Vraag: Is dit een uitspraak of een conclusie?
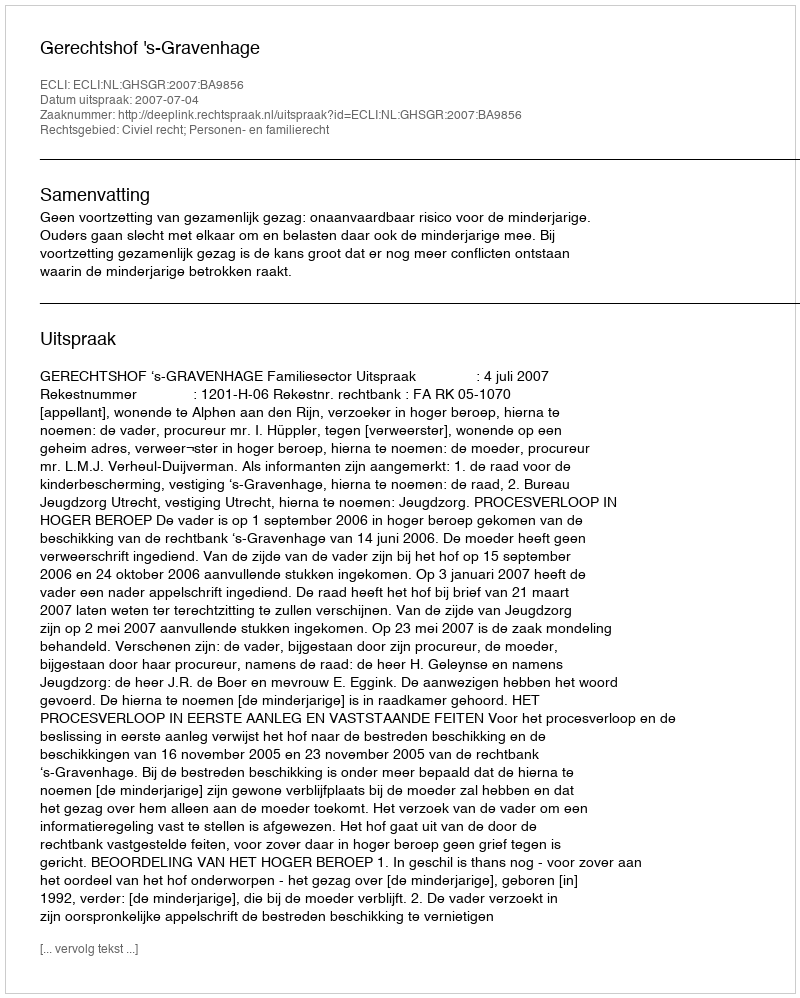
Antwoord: Uitspraak